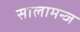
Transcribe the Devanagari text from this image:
सालामन्ज